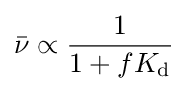
{\bar {\nu }}\propto {\frac {1}{1+fK_{\mathrm {d} }}}